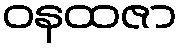
ဝနထဇာ